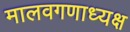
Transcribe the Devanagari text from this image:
मालवगणाध्यक्ष